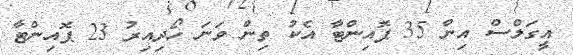
އީގަލްސް އިން 35 ޕޮއިންޓާ އެކު ތިން ވަނަ ހޯދިއިރު 23 ޕޮއިންޓާ